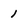
Character: 1